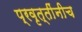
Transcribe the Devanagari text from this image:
प्रवृत्तींनीच